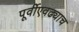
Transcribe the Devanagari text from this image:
पूर्वीएवढ्याच